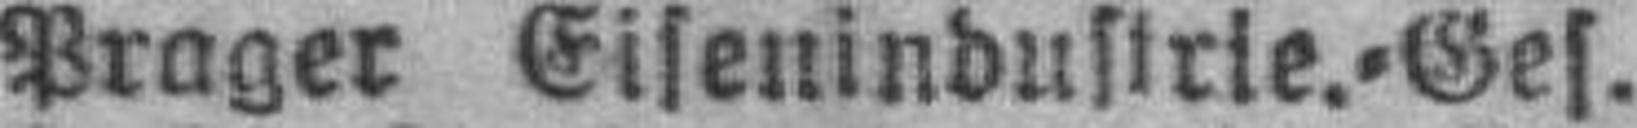
Prager Eisenindustrie.=Ges.